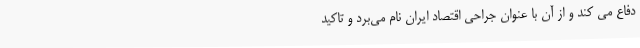
دفاع می کند و از آن با عنوان جراحی اقتصاد ایران نام می‌برد و تاکید